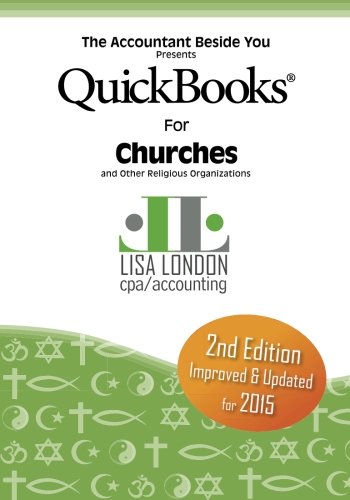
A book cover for QuickBooks for Churches & Other Religious Organizations (Accountant Beside You); Lisa London; Computers & Technology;